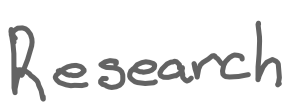
Text: Research
Cross-out: clean
Writing tool: digital_gray